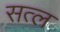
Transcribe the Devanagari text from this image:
सत्ल